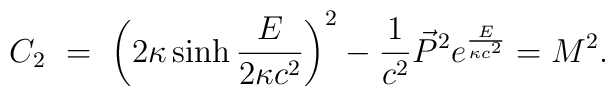
C_2 \ = \ \left(2\kappa\sinh \frac{E}{2\kappa c^2} \right)^2 -{1\over c^2}\vec P^2 e^{\frac{E}{\kappa c^2}}  = M^2 .